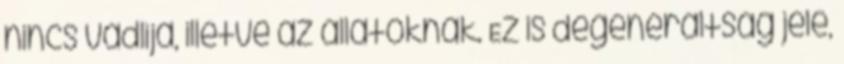
nincs vádlija, illetve az állatoknak. Ez is degeneráltság jele,